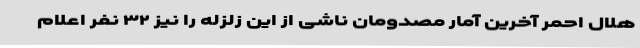
هلال احمر آخرین آمار مصدومان ناشی از این زلزله را نیز ۳۲ نفر اعلام